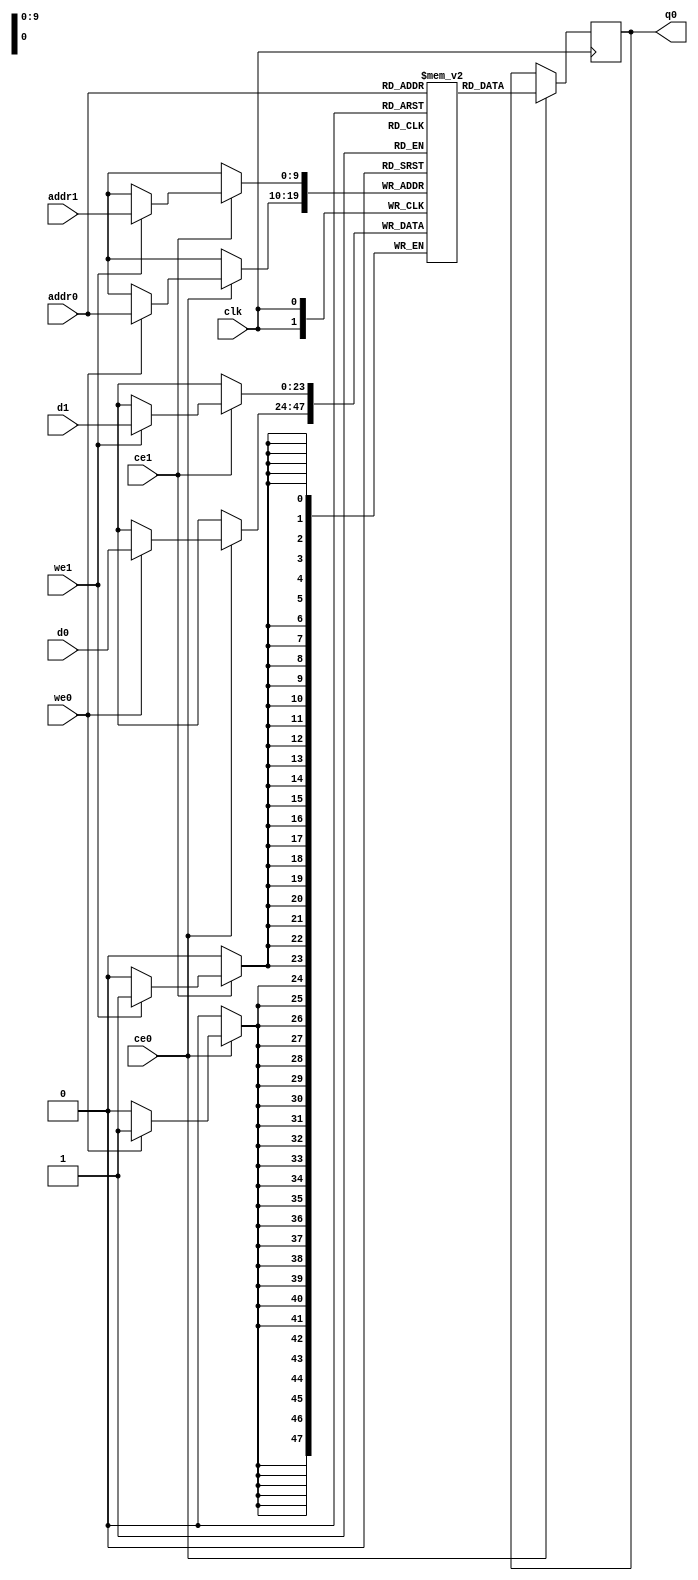
// ==============================================================
// Vitis HLS - High-Level Synthesis from C, C++ and OpenCL v2020.2 (64-bit)
// Copyright 1986-2020 Xilinx, Inc. All Rights Reserved.
// ==============================================================
`timescale 1 ns / 1 ps
module hls_xfft2real_twid_rom_M_real_V_memcore_ram (addr0, ce0, d0, we0, q0, addr1, ce1, d1, we1,  clk);

parameter DWIDTH = 24;
parameter AWIDTH = 10;
parameter MEM_SIZE = 1024;

input[AWIDTH-1:0] addr0;
input ce0;
input[DWIDTH-1:0] d0;
input we0;
output reg[DWIDTH-1:0] q0;
input[AWIDTH-1:0] addr1;
input ce1;
input[DWIDTH-1:0] d1;
input we1;
input clk;

reg [DWIDTH-1:0] ram[0:MEM_SIZE-1];




always @(posedge clk)  
begin 
    if (ce0) begin
        if (we0) 
            ram[addr0] <= d0; 
        q0 <= ram[addr0];
    end
end


always @(posedge clk)  
begin 
    if (ce1) begin
        if (we1) 
            ram[addr1] <= d1; 
    end
end


endmodule

`timescale 1 ns / 1 ps
module hls_xfft2real_twid_rom_M_real_V_memcore(
    reset,
    clk,
    address0,
    ce0,
    we0,
    d0,
    q0,
    address1,
    ce1,
    we1,
    d1);

parameter DataWidth = 32'd24;
parameter AddressRange = 32'd1024;
parameter AddressWidth = 32'd10;
input reset;
input clk;
input[AddressWidth - 1:0] address0;
input ce0;
input we0;
input[DataWidth - 1:0] d0;
output[DataWidth - 1:0] q0;
input[AddressWidth - 1:0] address1;
input ce1;
input we1;
input[DataWidth - 1:0] d1;



hls_xfft2real_twid_rom_M_real_V_memcore_ram hls_xfft2real_twid_rom_M_real_V_memcore_ram_U(
    .clk( clk ),
    .addr0( address0 ),
    .ce0( ce0 ),
    .we0( we0 ),
    .d0( d0 ),
    .q0( q0 ),
    .addr1( address1 ),
    .ce1( ce1 ),
    .we1( we1 ),
    .d1( d1 ));

endmodule